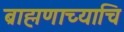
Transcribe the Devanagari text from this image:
ब्राह्मणाच्याचि